Document type: Sale
Year: 1451
Scribe: [Unknown]
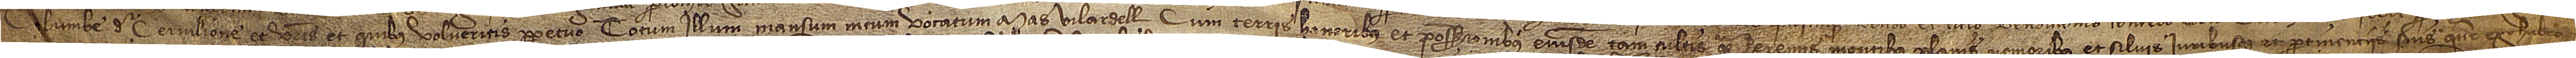
Columbe de Cervilione et vestris et quibus volueritis perpetuo totum illum mansum meum vocatum Mas Vilardell, cum terris, honoribus et possessionibus eiusdem, tam cultis quam heremis, montibus, planis, nemoribus et silvis iuribusque et pertinenciis suis que ego habeo